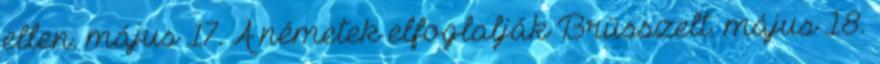
ellen. május 17. A németek elfoglalják Brüsszelt. május 18.